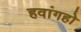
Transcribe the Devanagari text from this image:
हवांगहो